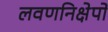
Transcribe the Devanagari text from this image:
लवणनिक्षेपों